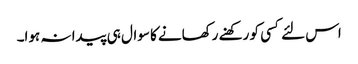
اس لئے کسی کو رکھنے رکھانے کا سوال ہی پیدا نہ ہوا۔